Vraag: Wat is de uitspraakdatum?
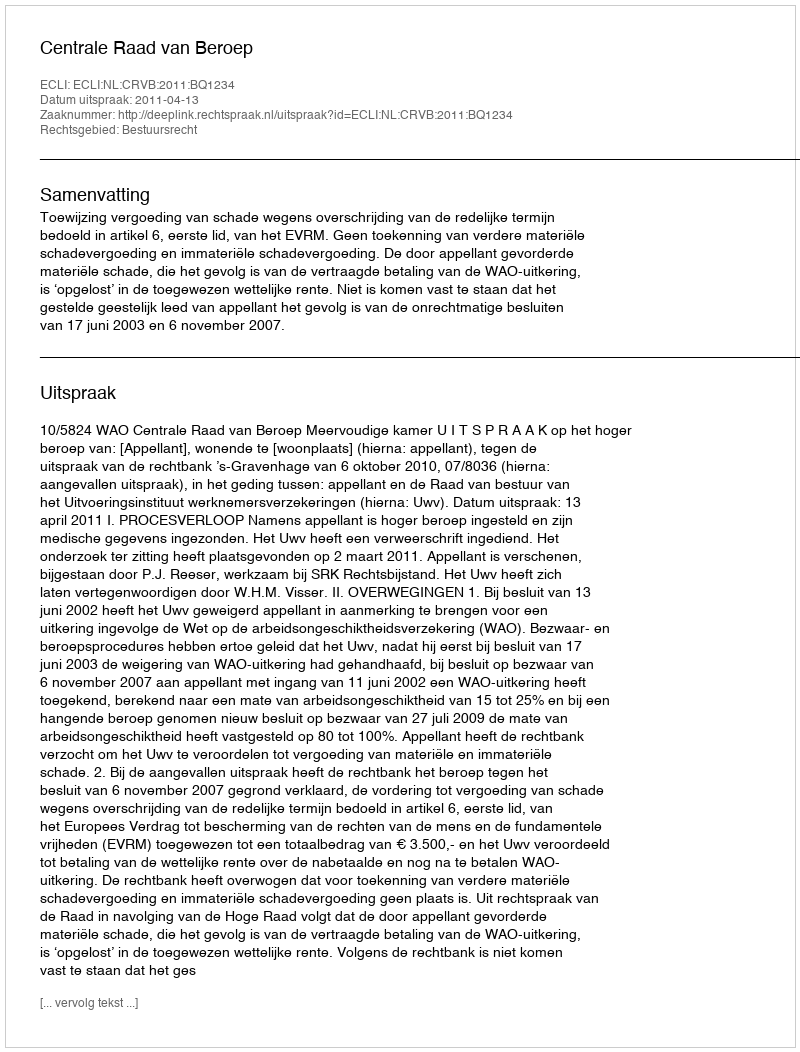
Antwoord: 2011-04-13